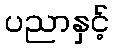
ပညာနှင့်